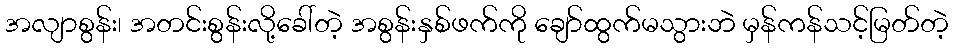
အလျာစွန်း၊ အတင်းစွန်းလို့ခေါ်တဲ့ အစွန်းနှစ်ဖက်ကို ချော်ထွက်မသွားဘဲ မှန်ကန်သင့်မြတ်တဲ့